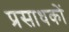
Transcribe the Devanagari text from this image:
प्रसाधकों